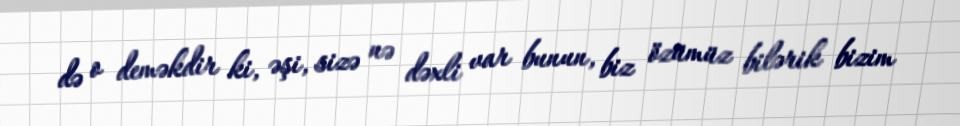
də o deməkdir ki, əşi, sizə nə dəxli var bunun, biz özümüz bilərik bizim